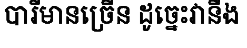
បារីមានច្រើន ដូច្នេះវានឹង